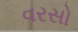
વરસો